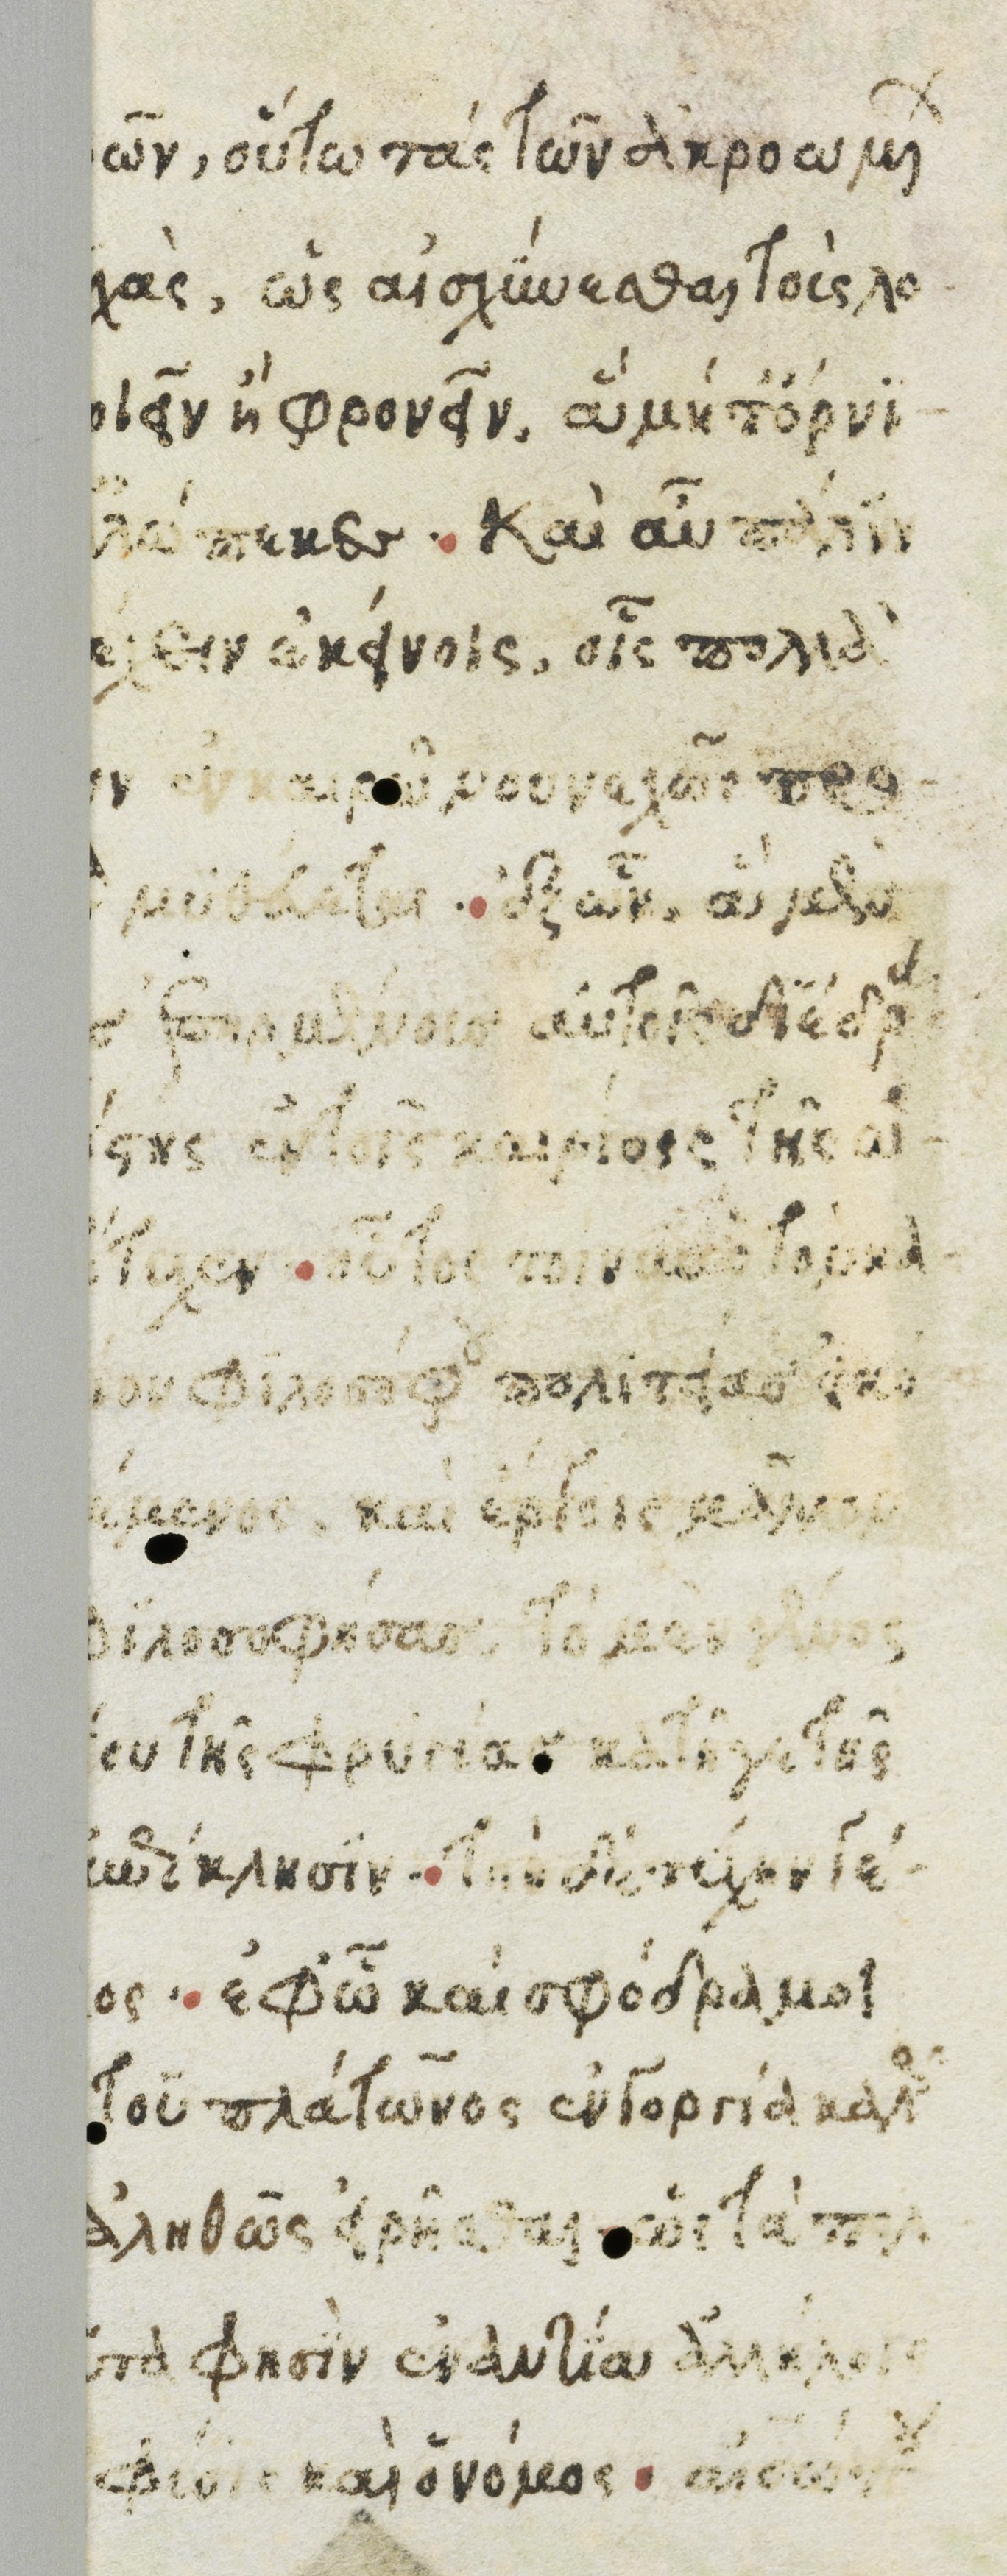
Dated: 1482–1485